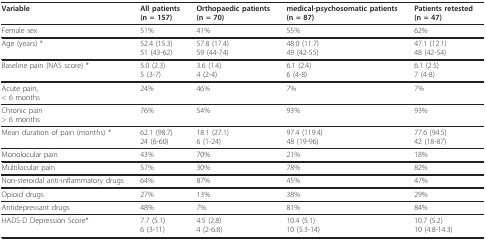
<table><thead><tr><td><b>Variable</b></td><td><b>All patients(n = 157)</b></td><td><b>Orthopaedic patients(n = 70)</b></td><td><b>medical-psychosomatic patients(n = 87)</b></td><td><b>Patients retested(n = 47)</b></td></tr></thead><tbody><tr><td>Female sex</td><td>51%</td><td>41%</td><td>55%</td><td>62%</td></tr><tr><td>Age (years) *</td><td>52.4 (15.3)51 (43-62)</td><td>57.8 (17.4)59 (44-74)</td><td>48.0 (11.7)49 (42-55)</td><td>47.1 (12.1)48 (42-54)</td></tr><tr><td>Baseline pain (NAS score) *</td><td>5.0 (2.3)5 (3-7)</td><td>3.6 (1.4)4 (2-4)</td><td>6.1 (2.4)6 (4-8)</td><td>6.1 (2.5)7 (4-8)</td></tr><tr><td>Acute pain,&lt; 6 months</td><td>24%</td><td>46%</td><td>7%</td><td>7%</td></tr><tr><td>Chronic pain&gt; 6 months</td><td>76%</td><td>54%</td><td>93%</td><td>93%</td></tr><tr><td>Mean duration of pain (months) *</td><td>62.1 (98.7)24 (6-60)</td><td>18.1 (27.1)6 (1-24)</td><td>97.4 (119.4)48 (19-96)</td><td>77.6 (94.5)42 (18-87)</td></tr><tr><td>Monolocular pain</td><td>43%</td><td>70%</td><td>21%</td><td>18%</td></tr><tr><td>Multilocular pain</td><td>57%</td><td>30%</td><td>78%</td><td>82%</td></tr><tr><td>Non-steroidal anti-inflammatory drugs</td><td>64%</td><td>87%</td><td>45%</td><td>47%</td></tr><tr><td>Opioid drugs</td><td>27%</td><td>13%</td><td>38%</td><td>29%</td></tr><tr><td>Antidepressant drugs</td><td>48%</td><td>7%</td><td>81%</td><td>84%</td></tr><tr><td>HADS-D Depression Score*</td><td>7.7 (5.1)6 (3-11)</td><td>4.5 (2.8)4 (2-6.8)</td><td>10.4 (5.1)10 (5.3-14)</td><td>10.7 (5.2)10 (4.8-14.3)</td></tr></tbody></table>